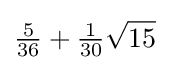
{\tfrac {5}{36}}+{\tfrac {1}{30}}{\sqrt {15}}